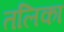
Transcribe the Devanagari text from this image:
तलिका